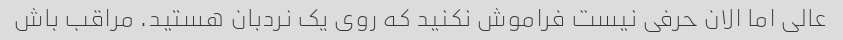
عالی اما الان حرفی نیست فراموش نکنید که روی یک نردبان هستید. مراقب باش